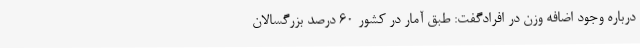
درباره وجود اضافه وزن در افرادگفت: طبق آمار در کشور 60 درصد بزرگسالان